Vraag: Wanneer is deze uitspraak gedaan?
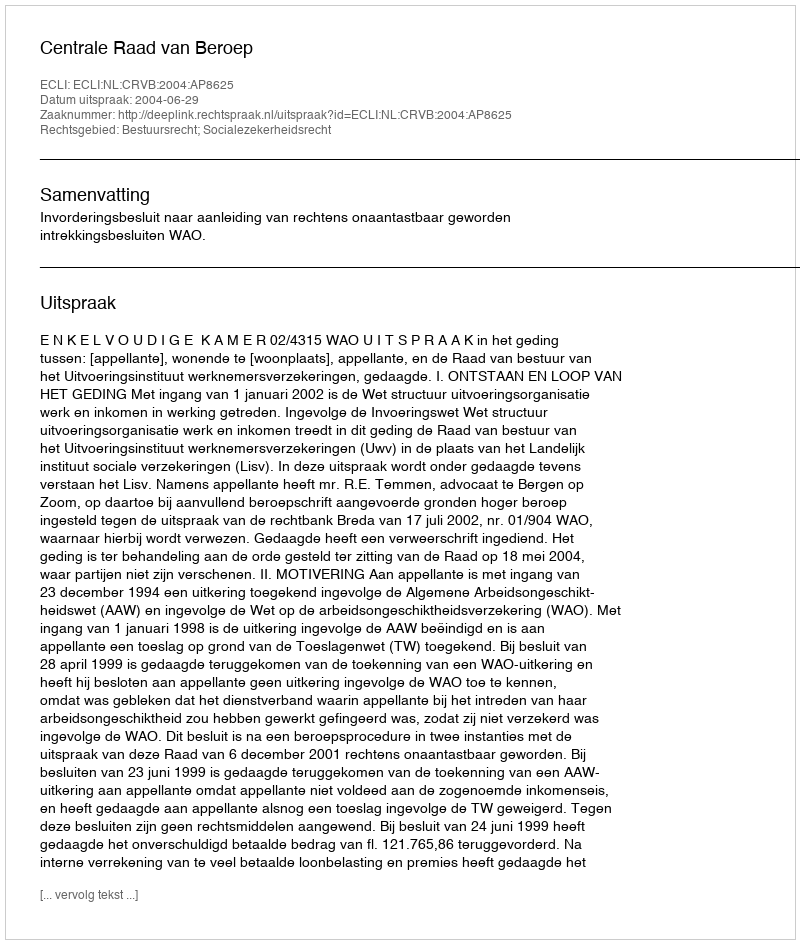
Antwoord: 2004-06-29